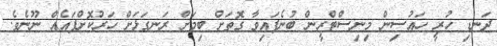
ދަނޑި ހުރީ ހައުސިން މިނިސްޓްރީން ބުނެފައިވާ ގޮތަށް ބިމަށް ރަނގަޅަށް ހަރުކޮށްފައެއް ނޫނެވެ.